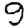
Digit: 9